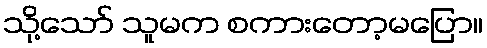
သို့သော် သူမက စကားတော့မပြော။